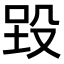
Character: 𪵉